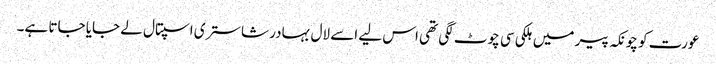
عورت کو چونکہ پیر میں ہلکی سی چوٹ لگی تھی اس لیے اسے لال بہادر شاستری اسپتال لے جایا جاتا ہے۔